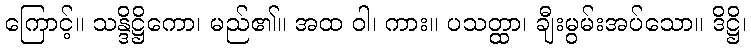
ကြောင့်။ သန္ဒိဋ္ဌိကော၊ မည်၏။ အထ ဝါ၊ ကား။ ပသတ္ထာ၊ ချီးမွမ်းအပ်သော။ ဒိဋ္ဌိ၊